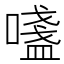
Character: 𫫷